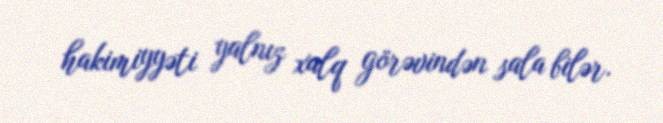
hakimiyyəti yalnız xalq görəvindən sala bilər.